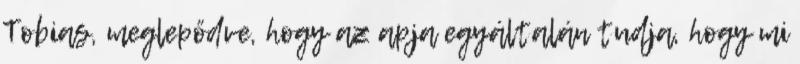
Tobias, meglepődve, hogy az apja egyáltalán tudja, hogy mi